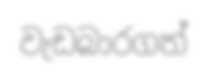
වැඩබාරගත්